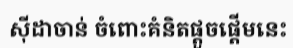
ស៊ីដាចាន់ ចំពោះគំនិតផ្តួចផ្តើមនេះ